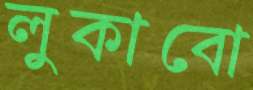
লুকাবো